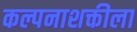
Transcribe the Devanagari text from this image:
कल्पनाशक्तीला